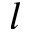
l